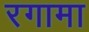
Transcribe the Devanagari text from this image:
रगामा